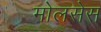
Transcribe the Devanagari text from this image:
मोलसेस